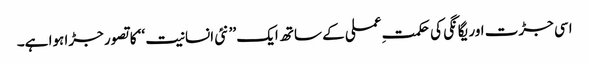
اسی جڑت اور یگانگی کی حکمتِ عملی کے ساتھ ایک ’’ نئی انسانیت ‘‘ کا تصور جڑا ہوا ہے۔